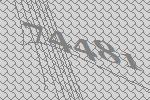
74481